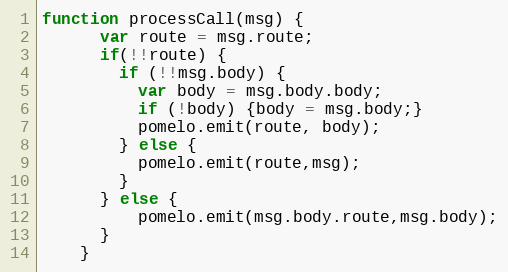
Language: JavaScript
function processCall(msg) {
      var route = msg.route;
      if(!!route) {
        if (!!msg.body) {
          var body = msg.body.body;
          if (!body) {body = msg.body;}
          pomelo.emit(route, body);
        } else {
          pomelo.emit(route,msg);
        }
      } else {
          pomelo.emit(msg.body.route,msg.body);
      }
    }